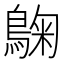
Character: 𮭀